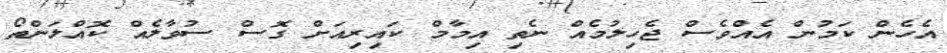
އެހެން ކަމުން އެއްވެސް ޖެހިލުމެއް ނެތި އިމާމް ކައިރިއަށް ގޮސް ސުވާލެއް ކޮއްލަންތޯ